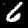
Label: 6